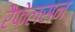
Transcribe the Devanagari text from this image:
रैफ़ेलसन